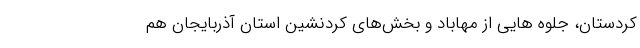
کردستان، جلوه هایی از مهاباد و بخش‌های کردنشین استان آذربایجان هم